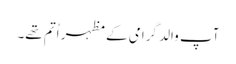
آپ والد گرامی کے مظہر اُتم تھے۔